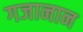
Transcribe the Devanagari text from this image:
गजानान